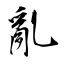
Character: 亂